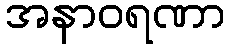
အနာဝရဏာ